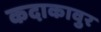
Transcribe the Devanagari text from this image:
कदाकावुर